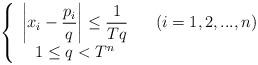
LaTeX: \begin{align*}\left\{ \begin{array}{ccc}\left\vert x_{i}-\dfrac{p_{i}}{q}\right\vert \leq \dfrac{1}{Tq} & & \left(i=1,2,...,n\right) \\ 1\leq q<T^{n} & & \end{array}\right. \end{align*}